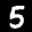
Label: 5